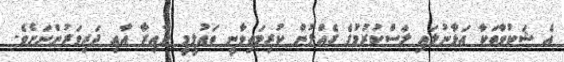
އެ ޝަކުވާތަކާ އަޅާނުލައި ލަސްކުރުމުގެ ގެއްލުން ކުރިމަތިވާނީ ތައުލީމީ ދާއިރާ އާއި ދަރިވަރުންނަށެވެ.